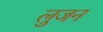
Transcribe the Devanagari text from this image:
लुजन